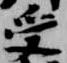
受